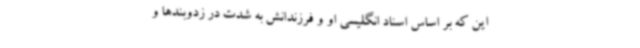
این که بر اساس اسناد انگلیسی او و فرزندانش به‌ شدت در زدوبندها و